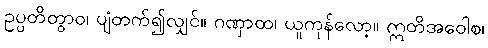
ဥပ္ပတိတွာဝ၊ ပျံတက်၍လျှင်။ ဂဏှာထ၊ ယူကုန်လော့။ ဣတိအဝေါစ၊